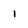
Character: 1